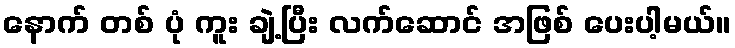
နောက် တစ် ပုံ ကူး ချဲ့ပြီး လက်ဆောင် အဖြစ် ပေးပါ့မယ်။